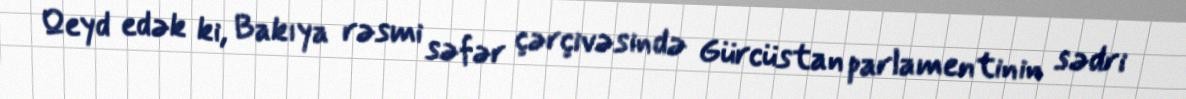
Qeyd edək ki, Bakıya rəsmi səfər çərçivəsində Gürcüstan parlamentinin sədri